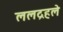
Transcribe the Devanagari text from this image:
ललद्रहले